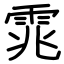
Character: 雿